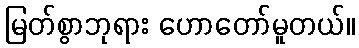
မြတ်စွာဘုရား ဟောတော်မူတယ်။